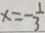
x = - \frac { 1 } { 3 }